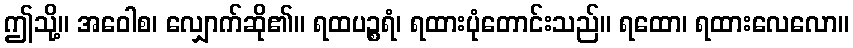
ဤသို့။ အဝေါစ၊ လျှောက်ဆို၏။ ရထပဉ္စရံ၊ ရထားပုံတောင်းသည်။ ရထော၊ ရထားလေလော။